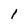
Character: l